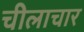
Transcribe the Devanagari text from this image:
चीलाचार